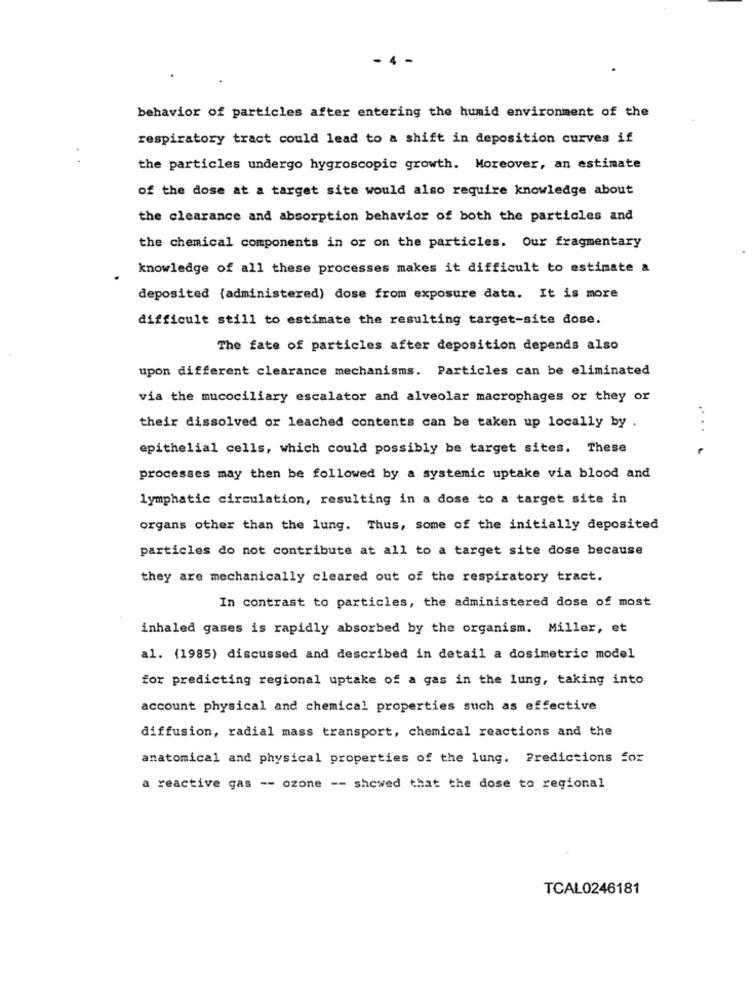
4 -
behavior of particles after entering the humid environment of the
respiratory tract could lead to a shift in deposition curves if
the particles undergo hygroscopic growth. Moreover, an estimate
of the dose at a target site would also require knowledge about
the clearance and absorption behavior of both the particles and
the chemical components in or on the particles. Our fragmentary
knowledge of all these processes makes it difficult to estimate a
deposited (administered) dose from exposure data. It is more
difficult still to estimate the resulting target-site dose.
The fate of particles after deposition depends also
upon different clearance mechanisms. Particles can be eliminated
via the mucociliary escalator and alveolar macrophages or they or
their dissolved or leached contents can be taken up locally by
....
epithelial cells, which could possibly be target sites. These
processes may then be followed by a systemic uptake via blood and
lymphatic circulation, resulting in a dose to a target site in
organs other than the lung. Thus, some of the initially deposited
particles do not contribute at all to a target site dose because
they are mechanically cleared out of the respiratory tract.
In contrast to particles, the administered dose of most
inhaled gases is rapidly absorbed by the organism. Miller, et
al. (1985) discussed and described in detail a dosimetric model
for predicting regional uptake of a gas in the lung, taking into
account physical and chemical properties such as effective
diffusion, radial mass transport, chemical reactions and the
anatomical and physical properties of the lung. Predictions for
a reactive gas -- ozone -- showed that the dose to regional
TCAL0246181